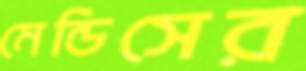
মেন্ডিসের